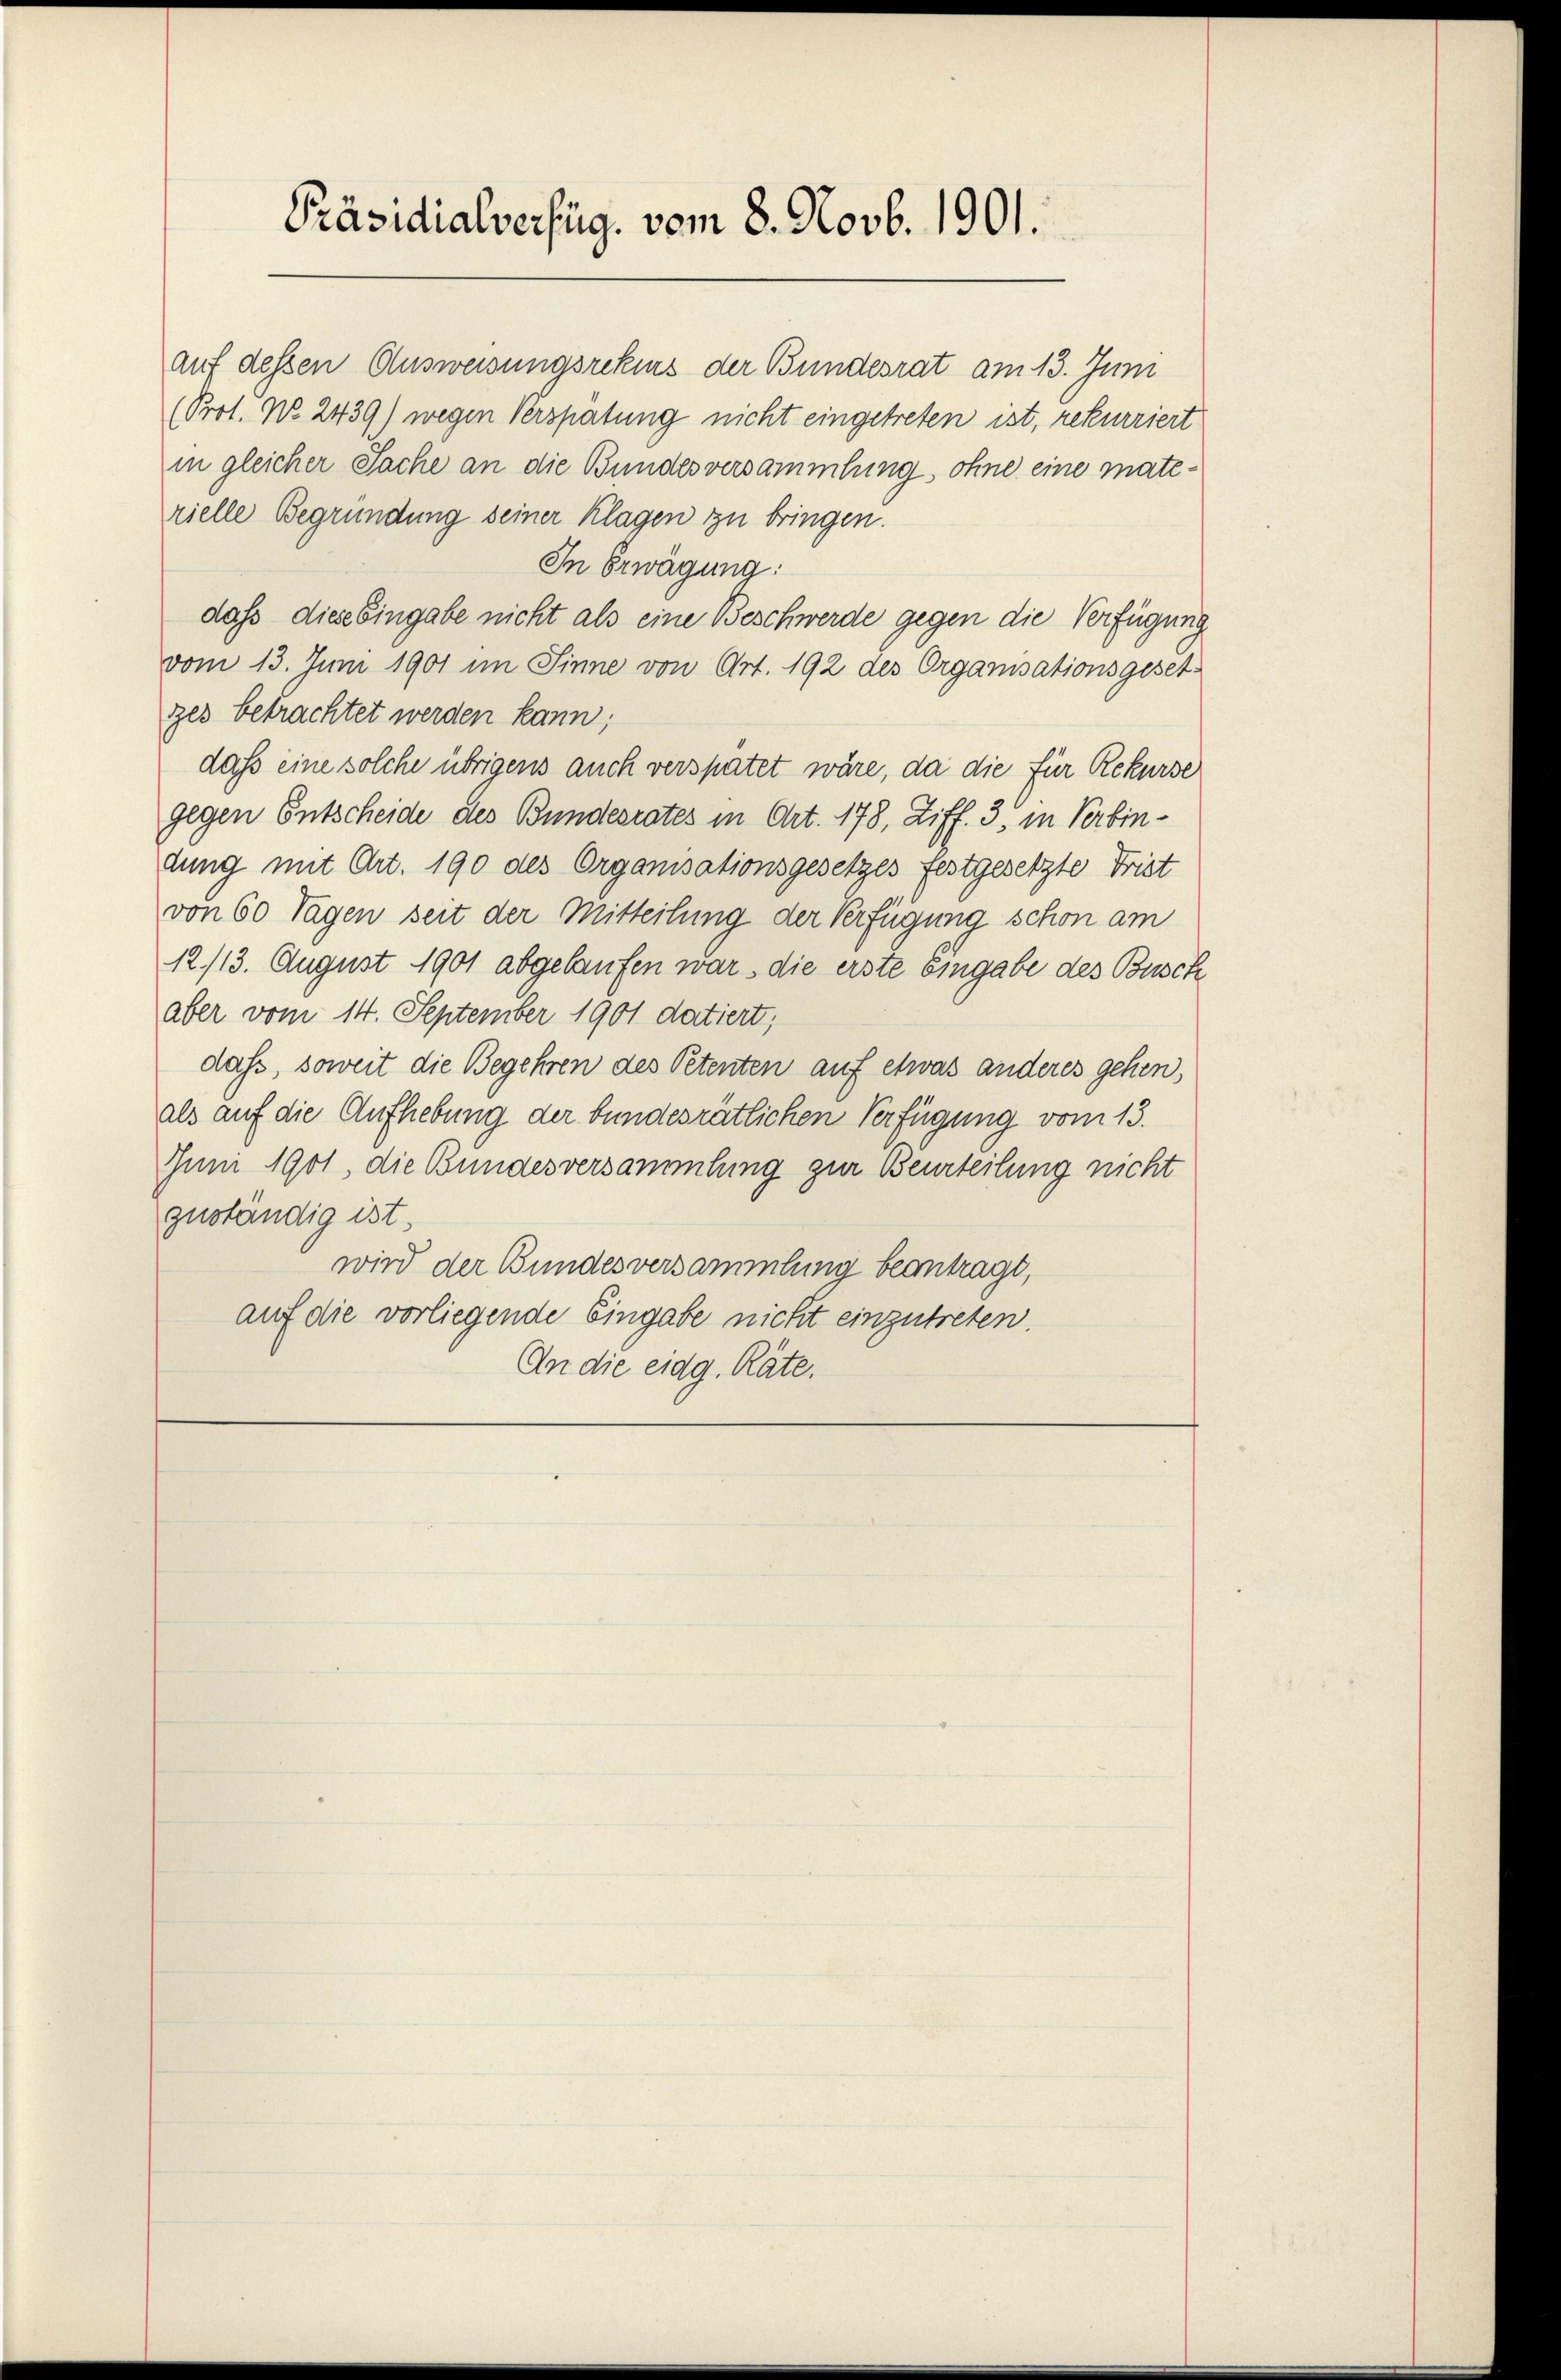
Präsidialverfüg, vom 8. Novb. 1901.

auf dessen Ausweisungsrekurs der Bundesrat am 13. Juni
(Prot. No. 2439) wegen Verspätung nicht eingetreten ist, rekurriert
in gleicher Sache an die Bundesversammlung, ohne eine materielle Begründung seiner Klagen zu bringen.
In Erwägung:
dass diese Eingabe nicht als eine Beschwerde gegen die Verfügung
vom 13. Juni 1901 im Sinne von Art. 192 des Organisationsgesetges betrachtet werden kann;
daß eine solche übrigens auch verspätet wäre, da die für Rekurse
gegen Entscheide des Bundesrates in Art. 178, Ziff. 3, in Verbindung mit Art. 190 des Organisationsgesetzes festgesetzte Frist
von 60 Tagen seit der Mitteilung der Verfügung schon am
12./13. August 1901 abgelaufen war, die erste Eingabe des Busch
aber vom 14. September 1901 datiert,
daß, soweit die Begehren des Petenten auf etwas anderes gehen,
als auf die Aufhebung der bundesrätlichen Verfügung vom 13.
Juni 1901, die Bundesversammlung zur Beurteilung nicht
zuständig ist,
wird der Bundesversammlung beantragt,
auf die vorliegende Eingabe nicht einzutreten.
An die eidg. Räte.